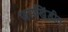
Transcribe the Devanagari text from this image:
जमखिंडीत